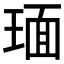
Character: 𬍵